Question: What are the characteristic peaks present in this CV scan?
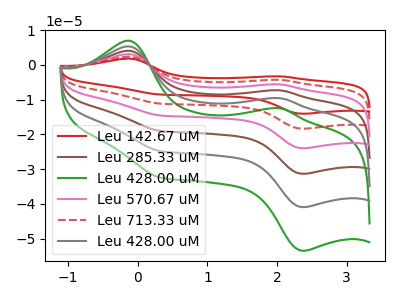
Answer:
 <answer>The red curve "Leu 142.67 uM" has anodic peaks at (-0.15V, 26.75uA) (2.05V, -47.90uA) and cathodic peaks at (2.35V, -204.70uA) (0.35V, -124.30uA). The brown curve "Leu 285.33 uM" has anodic peaks at (-0.15V, 10.70uA) (2.05V, -19.15uA) and cathodic peaks at (2.35V, -81.85uA) (0.35V, -49.70uA). The green curve "Leu 428.00 uM" has anodic peaks at (-0.15V, 7.00uA) (2.05V, -12.50uA) and cathodic peaks at (2.35V, -53.50uA) (0.35V, -32.50uA). The pink curve "Leu 570.67 uM" has anodic peaks at (-0.15V, 16.05uA) (2.05V, -28.75uA) and cathodic peaks at (2.35V, -122.80uA) (0.35V, -74.60uA). The red dashed curve "Leu 713.33 uM" has anodic peaks at (-0.15V, 21.40uA) (2.05V, -38.30uA) and cathodic peaks at (2.35V, -163.75uA) (0.35V, -99.45uA). The gray curve "Leu 428.00 uM" has anodic peaks at (-0.15V, 5.35uA) (2.05V, -9.60uA) and cathodic peaks at (2.35V, -40.95uA) (0.35V, -24.85uA).</answer>
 <eval></eval>